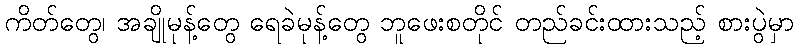
ကိတ်တွေ၊ အချိုမုန့်တွေ ရေခဲမုန့်တွေ ဘူဖေးစတိုင် တည်ခင်းထားသည့် စားပွဲမှာ